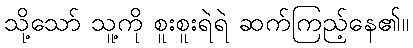
သို့သော် သူ့ကို စူးစူးရဲရဲ ဆက်ကြည့်နေ၏။